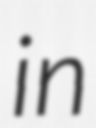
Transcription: in